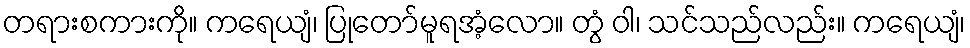
တရားစကားကို။ ကရေယျံ၊ ပြုတော်မူရအံ့လော။ တွံ ဝါ၊ သင်သည်လည်း။ ကရေယျံ၊